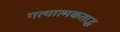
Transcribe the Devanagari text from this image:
गत्यात्मकताद्ध